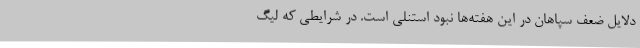
دلایل ضعف سپاهان در این هفته‌ها نبود استنلی است. در شرایطی که لیگ